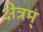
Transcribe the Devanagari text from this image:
क्षेत्रम्